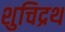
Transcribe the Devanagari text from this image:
शुचिद्रथ